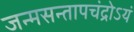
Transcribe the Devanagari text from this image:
जन्मसन्तापचंद्रोऽयं